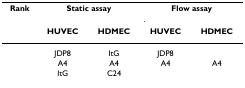
<table><thead><tr><td><b>Rank</b></td><td colspan="2"><b>Static assay</b></td><td colspan="2"><b>Flow assay</b></td></tr><tr><td>[EMPTY_CELL]</td><td><b>HUVEC</b></td><td><b>HDMEC</b></td><td><b>HUVEC</b></td><td><b>HDMEC</b></td></tr></thead><tbody><tr><td>[EMPTY_CELL]</td><td>JDP8</td><td>ItG</td><td>JDP8</td><td>[EMPTY_CELL]</td></tr><tr><td>[EMPTY_CELL]</td><td>A4</td><td>A4</td><td>A4</td><td>A4</td></tr><tr><td>[EMPTY_CELL]</td><td>ItG</td><td>C24</td><td>[EMPTY_CELL]</td><td>[EMPTY_CELL]</td></tr></tbody></table>